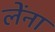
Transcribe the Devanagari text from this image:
लेंना